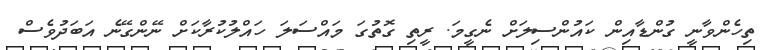
ތިހެންވާނީ ގުންޑާއިން ކައުންސިލަށް ނެގީމަ. ރީތި ގޮތުގަ މައްސަލަ ހައްލުކުރާކަށް ނޭންގޭނެ އަބަދުވެސް